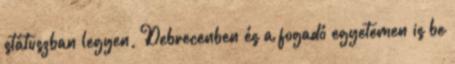
státuszban legyen, Debrecenben és a fogadó egyetemen is be